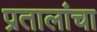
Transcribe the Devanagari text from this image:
प्रतालांचा